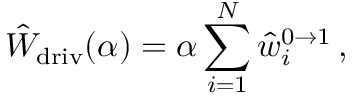
\hat { W } _ { \mathrm { d r i v } } ( \alpha ) = \alpha \sum _ { i = 1 } ^ { N } \hat { w } _ { i } ^ { 0 \to 1 } \, ,